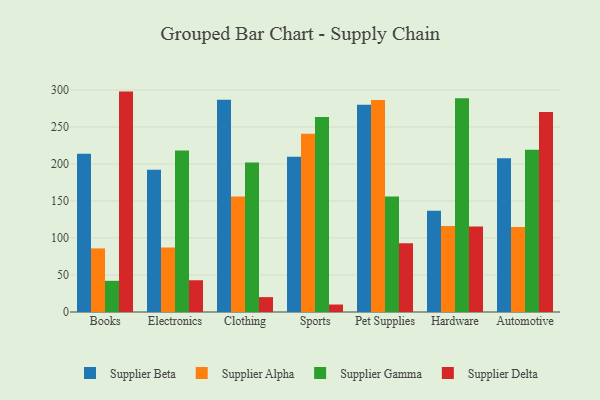
{"axis": {"x": "Category", "y": "Temperature (°C)"}, "legend": ["Supplier Alpha", "Supplier Beta", "Supplier Delta", "Supplier Gamma"], "data": [{"x": "Books", "y": 213.8, "type": "Supplier Beta"}, {"x": "Books", "y": 85.9, "type": "Supplier Alpha"}, {"x": "Books", "y": 42.1, "type": "Supplier Gamma"}, {"x": "Books", "y": 297.7, "type": "Supplier Delta"}, {"x": "Electronics", "y": 192.1, "type": "Supplier Beta"}, {"x": "Electronics", "y": 87.2, "type": "Supplier Alpha"}, {"x": "Electronics", "y": 218.0, "type": "Supplier Gamma"}, {"x": "Electronics", "y": 42.9, "type": "Supplier Delta"}, {"x": "Clothing", "y": 286.6, "type": "Supplier Beta"}, {"x": "Clothing", "y": 156.0, "type": "Supplier Alpha"}, {"x": "Clothing", "y": 201.9, "type": "Supplier Gamma"}, {"x": "Clothing", "y": 20.1, "type": "Supplier Delta"}, {"x": "Sports", "y": 209.8, "type": "Supplier Beta"}, {"x": "Sports", "y": 240.8, "type": "Supplier Alpha"}, {"x": "Sports", "y": 263.5, "type": "Supplier Gamma"}, {"x": "Sports", "y": 10.1, "type": "Supplier Delta"}, {"x": "Pet Supplies", "y": 280.0, "type": "Supplier Beta"}, {"x": "Pet Supplies", "y": 286.2, "type": "Supplier Alpha"}, {"x": "Pet Supplies", "y": 155.9, "type": "Supplier Gamma"}, {"x": "Pet Supplies", "y": 93.0, "type": "Supplier Delta"}, {"x": "Hardware", "y": 136.8, "type": "Supplier Beta"}, {"x": "Hardware", "y": 116.2, "type": "Supplier Alpha"}, {"x": "Hardware", "y": 288.8, "type": "Supplier Gamma"}, {"x": "Hardware", "y": 115.4, "type": "Supplier Delta"}, {"x": "Automotive", "y": 207.6, "type": "Supplier Beta"}, {"x": "Automotive", "y": 114.8, "type": "Supplier Alpha"}, {"x": "Automotive", "y": 219.0, "type": "Supplier Gamma"}, {"x": "Automotive", "y": 270.3, "type": "Supplier Delta"}]}